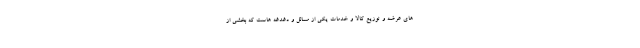
های عرضه و توزیع کالا و خدمات یکی از مسائل و دغدغه هاست که بخشی از